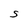
Character: S